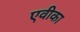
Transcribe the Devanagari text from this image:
एवीका